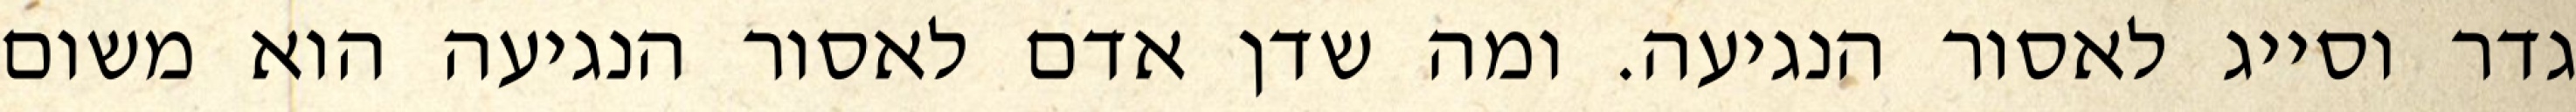
גדר וסייג לאסור הנגיעה. ומה שדן אדם לאסור הנגיעה הוא משום